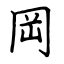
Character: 岡